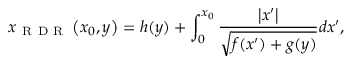
x _ { \mathrm { ~ R ~ D ~ R ~ } } \left( x _ { 0 } , y \right) = h ( y ) + \int _ { 0 } ^ { x _ { 0 } } \frac { \left| x ^ { \prime } \right| } { \sqrt { f ( x ^ { \prime } ) + g ( y ) } } d x ^ { \prime } ,